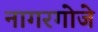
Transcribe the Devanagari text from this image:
नागरगोजे